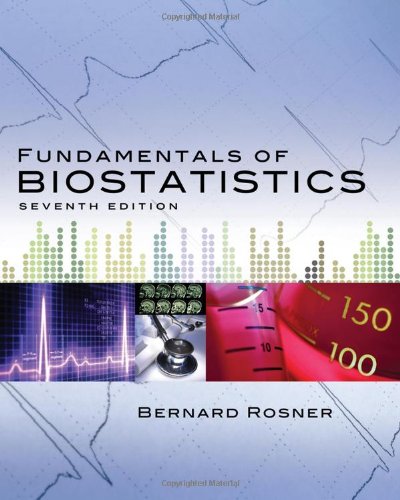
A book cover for Fundamentals of Biostatistics (Rosner, Fundamentals of Biostatics); Bernard Rosner; Medical Books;